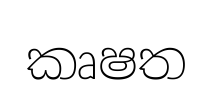
කෘෂත